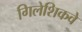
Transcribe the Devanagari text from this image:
गिलेशिकवे